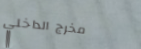
مخرج الداخلي